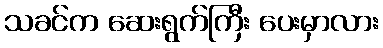
သခင်က ဆေးရွက်ကြီး ပေးမှာလား